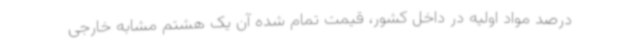
درصد مواد اولیه در داخل کشور، قیمت تمام شده آن یک هشتم مشابه خارجی